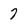
Character: 7